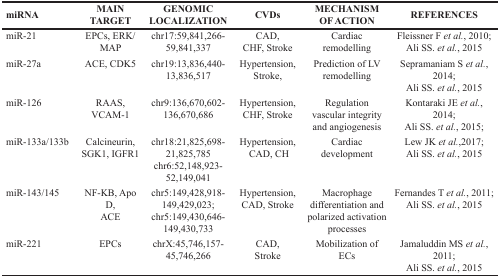
| miRNA | MAIN TARGET | GENOMIC LOCALIZATION | CVDs | MECHANISM OF ACTION | REFERENCES |
 | --- | --- | --- | --- | --- | --- |
 | miR-21 | EPCs, ERK/MAP | chr17:59,841,266-59,841,337 | CAD, CHF, Stroke | Cardiac remodelling | Fleissner F et al., 2010; Ali SS. et al., 2015 |
 | miR-27a | ACE, CDK5 | chr19:13,836,440-13,836,517 | Hypertension, Stroke, | Prediction of LV remodelling | Sepramaniam S et al., 2014; Ali SS. et al., 2015 |
 | miR-126 | RAAS, VCAM-1 | chr9:136,670,602-136,670,686 | Hypertension, CHF, Stroke | Regulation vascular integrity and angiogenesis | Kontaraki JE et al., 2014; Ali SS. et al., 2015; |
 | miR-133a/133b | Calcineurin, SGK1, IGFR1 | chr18:21,825,698-21,825,785chr6:52,148,923-52,149,041 | Hypertension, CAD, CH | Cardiac development | Lew JK et al.,2017; Ali SS. et al., 2015 |
 | miR-143/145 | NF-KB, Apo D, ACE | chr5:149,428,918-149,429,023;chr5:149,430,646-149,430,733 | Hypertension, CAD, Stroke | Macrophage differentiation and polarized activation processes | Fernandes T et al., 2011; Ali SS. et al., 2015 |
 | miR-221 | EPCs | chrX:45,746,157-45,746,266 | CAD, Stroke | Mobilization of ECs | Jamaluddin MS et al., 2011; Ali SS. et al., 2015 |